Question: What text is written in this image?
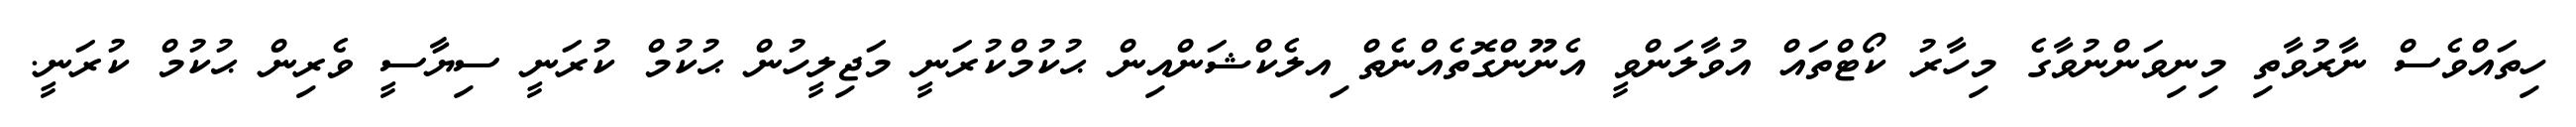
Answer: ހިތައްވެސް ނާރުވާތި މިނިވަންނުވާގެ މިހާރު ކޯޓްތައް އުވާލަންވީ އެނޫންގޮތެއްނެތް ިއލެކްޝަންއިން ޙުކުމްކުރަނީ މަޖިލީހުން ޙުކުމް ކުރަނީ ސިޔާސީ ވެރިން ޙުކުމް ކުރަނީ.